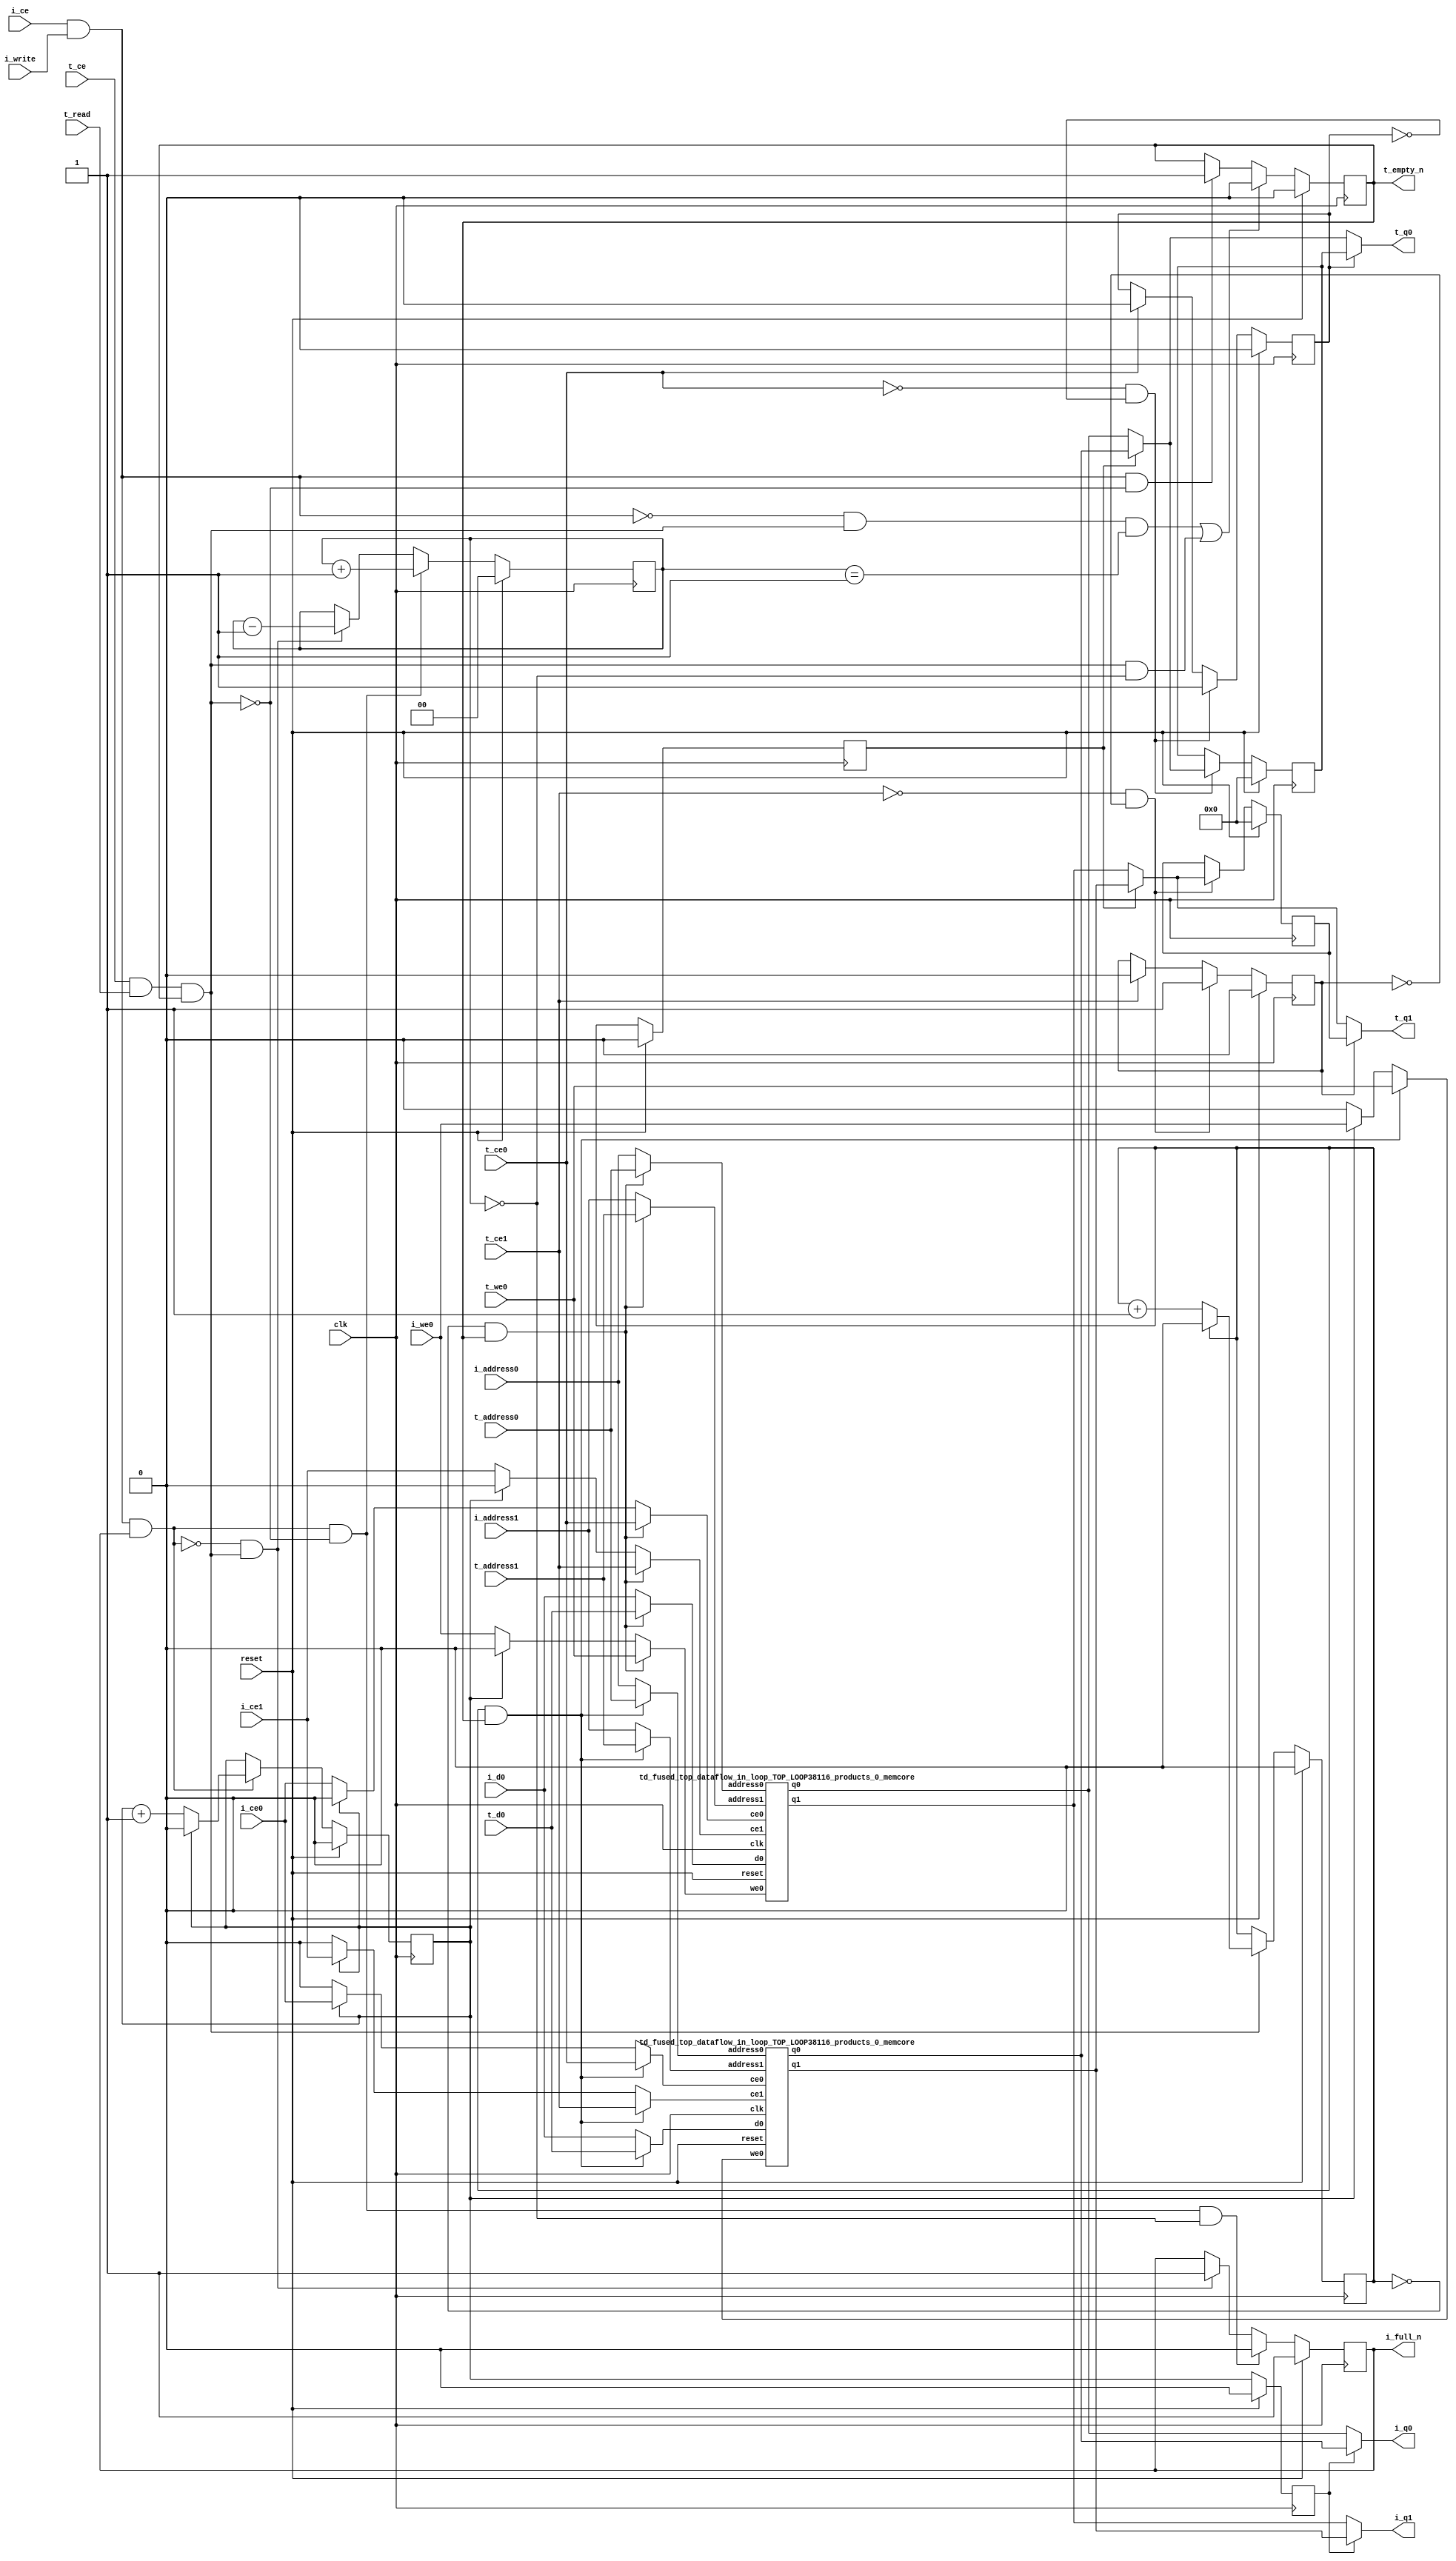
`define EXPONENT 5
`define MANTISSA 10
`define ACTUAL_MANTISSA 11
`define EXPONENT_LSB 10
`define EXPONENT_MSB 14
`define MANTISSA_LSB 0
`define MANTISSA_MSB 9
`define MANTISSA_MUL_SPLIT_LSB 3
`define MANTISSA_MUL_SPLIT_MSB 9
`define SIGN 1
`define SIGN_LOC 15
`define DWIDTH (`SIGN+`EXPONENT+`MANTISSA)
`define IEEE_COMPLIANCE 1

module td_fused_top_dataflow_in_loop_TOP_LOOP38116_products_0
#(parameter
    DataWidth    = 16,
    AddressRange = 32,
    AddressWidth = 5,
    BufferCount  = 2,
    MemLatency   = 1,
    IndexWidth   = 1
) (
    // system signals
    input  wire                    clk,
    input  wire                    reset,
    // initiator
    input  wire                    i_ce,
    input  wire                    i_write,
    output wire                    i_full_n,
    input  wire                    i_ce0,
    input  wire                    i_we0,
    input  wire [AddressWidth-1:0] i_address0,
    input  wire [DataWidth-1:0]    i_d0,
    output wire [DataWidth-1:0]    i_q0,
    input  wire                    i_ce1,
    input  wire [AddressWidth-1:0] i_address1,
    output wire [DataWidth-1:0]    i_q1,
    // target
    input  wire                    t_ce,
    input  wire                    t_read,
    output wire                    t_empty_n,
    input  wire                    t_ce0,
    input  wire                    t_we0,
    input  wire [AddressWidth-1:0] t_address0,
    input  wire [DataWidth-1:0]    t_d0,
    output wire [DataWidth-1:0]    t_q0,
    input  wire                    t_ce1,
    input  wire [AddressWidth-1:0] t_address1,
    output wire [DataWidth-1:0]    t_q1
);
//------------------------Local signal-------------------
// control/status
reg  [IndexWidth-1:0]   iptr    = 1'b0; // initiator index
reg  [IndexWidth-1:0]   tptr    = 1'b0; // target index
reg  [IndexWidth-1:0]   prev_iptr    = 1'b0; // previous initiator index
reg  [IndexWidth-1:0]   prev_tptr    = 1'b0; // previous target index
reg  [DataWidth-1:0]    reg_q0      = 1'b0; // buffer used if reader is stalled
reg                     reg_valid0    = 1'b0; // buffer has valid data
reg  [DataWidth-1:0]    reg_q1      = 1'b0; // buffer used if reader is stalled
reg                     reg_valid1    = 1'b0; // buffer has valid data
reg  [IndexWidth:0]     count   = 1'b0; // count of written buffers
reg                     full_n  = 1'b1; // whether all buffers are written
reg                     empty_n = 1'b0; // whether none of the buffers is written
wire                    push_buf;       // finish writing a buffer
wire                    write_buf;      // write a buffer
wire                    pop_buf;        // finish reading a buffer
// buffer signals
wire [BufferCount-1:0] buf_ce0;
wire [BufferCount-1:0] buf_we0;
wire [AddressWidth-1:0] buf_a0_0, buf_a0_1;
wire [DataWidth-1:0] buf_d0_0, buf_d0_1;
wire [DataWidth-1:0] buf_q0_0, buf_q0_1;
wire [BufferCount-1:0] buf_ce1;
wire [AddressWidth-1:0] buf_a1_0, buf_a1_1;
wire [DataWidth-1:0] buf_q1_0, buf_q1_1;
//------------------------Instantiation------------------
//genvar i;
        td_fused_top_dataflow_in_loop_TOP_LOOP38116_products_0_memcore td_fused_top_dataflow_in_loop_TOP_LOOP38116_products_0_memcore_U_0 (
            .reset    ( reset ),
            .clk      ( clk ),
            .address0 ( buf_a0_0 ),
            .ce0      ( buf_ce0[ 0 ] ),
            .we0      ( buf_we0[ 0 ] ),
            .d0       ( buf_d0_0 ),
            .q0       ( buf_q0_0 ),
            .address1 ( buf_a1_0 ),
            .ce1      ( buf_ce1[ 0 ] ),
            .q1       ( buf_q1_0 )
        );
        td_fused_top_dataflow_in_loop_TOP_LOOP38116_products_0_memcore td_fused_top_dataflow_in_loop_TOP_LOOP38116_products_0_memcore_U_1 (
            .reset    ( reset ),
            .clk      ( clk ),
            .address0 ( buf_a0_1 ),
            .ce0      ( buf_ce0[ 1 ] ),
            .we0      ( buf_we0[ 1 ] ),
            .d0       ( buf_d0_1 ),
            .q0       ( buf_q0_1 ),
            .address1 ( buf_a1_1 ),
            .ce1      ( buf_ce1[ 1 ] ),
            .q1       ( buf_q1_1 )
        );

//++++++++++++++++++++++++buffer signals+++++++++++++++++
        assign buf_ce0[ 0 ] = (tptr ==  0  && empty_n) ? t_ce0
                             : (iptr ==  0 ) ? i_ce0 : 1'b0;
        assign buf_a0_0  = (tptr ==  0  && empty_n) ?  t_address0 : i_address0;
        assign buf_we0[ 0 ] = (tptr ==  0  && empty_n)  ? t_we0
                             : (iptr ==  0 ) ? i_we0 : 1'b0;
        assign buf_d0_0  = (tptr ==  0  && empty_n) ? t_d0       : i_d0;
        assign buf_ce1[ 0 ] = (tptr ==  0  && empty_n) ? t_ce1
                             : (iptr ==  0 ) ? i_ce1 : 1'b0;
        assign buf_a1_0  = (tptr ==  0  && empty_n) ?  t_address1 : i_address1;
        assign buf_ce0[ 1 ] = (tptr ==  1  && empty_n) ? t_ce0
                             : (iptr ==  1 ) ? i_ce0 : 1'b0;
        assign buf_a0_1  = (tptr ==  1  && empty_n) ?  t_address0 : i_address0;
        assign buf_we0[ 1 ] = (tptr ==  1  && empty_n)  ? t_we0
                             : (iptr ==  1 ) ? i_we0 : 1'b0;
        assign buf_d0_1  = (tptr ==  1  && empty_n) ? t_d0       : i_d0;
        assign buf_ce1[ 1 ] = (tptr ==  1  && empty_n) ? t_ce1
                             : (iptr ==  1 ) ? i_ce1 : 1'b0;
        assign buf_a1_1  = (tptr ==  1  && empty_n) ?  t_address1 : i_address1;
//+++++++++++++++++++++++++++++++++++++++++++++++++++++++

//------------------------Body---------------------------
assign i_q0      = (prev_iptr == 1'b1 ? buf_q0_1 : buf_q0_0);
assign t_q0      = reg_valid0 ? reg_q0 : (prev_tptr == 1'b1 ? buf_q0_1 : buf_q0_0);
assign i_q1      = (prev_iptr == 1'b1 ? buf_q1_1 : buf_q1_0);
assign t_q1      = reg_valid1 ? reg_q1 : (prev_tptr == 1'b1 ? buf_q1_1 : buf_q1_0);

//++++++++++++++++++++++++output+++++++++++++++++++++++++
assign i_full_n  = full_n;
assign t_empty_n = empty_n;
//+++++++++++++++++++++++++++++++++++++++++++++++++++++++

//++++++++++++++++++++++++control/status+++++++++++++++++
assign push_buf = i_ce & i_write & full_n;
assign write_buf = i_ce & i_write;
assign pop_buf  = t_ce & t_read & empty_n;

// iptr
always @(posedge clk) begin
    if (reset == 1'b1)
        iptr <= 1'b0;
    else if (push_buf) begin
        if (iptr == BufferCount - 1'b1)
            iptr <= 1'b0;
        else
            iptr <= iptr + 1'b1;
    end
end

// tptr
always @(posedge clk) begin
    if (reset == 1'b1)
        tptr <= 1'b0;
    else if (pop_buf) begin
        if (tptr == BufferCount - 1'b1)
            tptr <= 1'b0;
        else
            tptr <= tptr + 1'b1;
    end
end

// prev_iptr
always @(posedge clk) begin
    if (reset == 1'b1)
        prev_iptr <= 1'b0;
    else begin
        prev_iptr <= iptr;
    end
end

// prev_tptr
always @(posedge clk) begin
    if (reset == 1'b1)
        prev_tptr <= 1'b0;
    else begin
        prev_tptr <= tptr;
    end
end

// reg_q0 and reg_valid0
always @(posedge clk) begin
    if (reset == 1'b1) begin
        reg_q0     <= 1'b0;
        reg_valid0 <= 1'b0;
    end else if (!t_ce0 && !reg_valid0) begin
        reg_q0     <= (prev_tptr == 1'b1 ? buf_q0_1 : buf_q0_0);
        reg_valid0 <= 1'b1;
    end else if (t_ce0) begin
        reg_valid0 <= 1'b0;
    end
end

// reg_q1 and reg_valid1
always @(posedge clk) begin
    if (reset == 1'b1) begin
        reg_q1     <= 1'b0;
        reg_valid1 <= 1'b0;
    end else if (!t_ce1 && !reg_valid1) begin
        reg_q1     <= (prev_tptr == 1'b1 ? buf_q1_1 : buf_q1_0);
        reg_valid1 <= 1'b1;
    end else if (t_ce1) begin
        reg_valid1 <= 1'b0;
    end
end

// count
always @(posedge clk) begin
    if (reset == 1'b1)
        count <= 1'b0;
    else if (push_buf && !pop_buf)
        count <= count + 1'b1;
    else if (!push_buf && pop_buf)
        count <= count - 1'b1;
end

// full_n
always @(posedge clk) begin
    if (reset == 1'b1)
        full_n <= 1'b1;
    else if (push_buf && !pop_buf && count == BufferCount - 2'd2)
        full_n <= 1'b0;
    else if (!push_buf && pop_buf)
        full_n <= 1'b1;
end

// empty_n
always @(posedge clk) begin
    if (reset == 1'b1)
        empty_n <= 1'b0;
    else if ((!write_buf && pop_buf && count == 1'b1)
             || (pop_buf && count == 1'b0))
        empty_n <= 1'b0;
    else if (write_buf && !pop_buf)
        empty_n <= 1'b1;
end
//+++++++++++++++++++++++++++++++++++++++++++++++++++++++

endmodule
module td_fused_top_dataflow_in_loop_TOP_LOOP38116_products_0_memcore(
    reset,
    clk,
    address0,
    ce0,
    we0,
    d0,
    q0,
    address1,
    ce1,
    q1);

parameter DataWidth = 32'd16;
parameter AddressRange = 32'd27;
parameter AddressWidth = 32'd5;
input reset;
input clk;
input[AddressWidth - 1:0] address0;
input ce0;
input we0;
input[DataWidth - 1:0] d0;
output[DataWidth - 1:0] q0;
input[AddressWidth - 1:0] address1;
input ce1;
output[DataWidth - 1:0] q1;



td_fused_top_dataflow_in_loop_TOP_LOOP38116_products_0_memcore_ram td_fused_top_dataflow_in_loop_TOP_LOOP38116_products_0_memcore_ram_U(
    .clk( clk ),
    .addr0( address0 ),
    .ce0( ce0 ),
    .we0( we0 ),
    .d0( d0 ),
    .q0( q0 ),
    .addr1( address1 ),
    .ce1( ce1 ),
    .q1( q1 )
);

endmodule
module td_fused_top_dataflow_in_loop_TOP_LOOP38116_products_0_memcore_ram (addr0, ce0, d0, we0, q0, addr1, ce1, q1,  clk);

parameter DWIDTH = 16;
parameter AWIDTH = 5;
parameter MEM_SIZE = 27;

input[AWIDTH-1:0] addr0;
input ce0;
input[DWIDTH-1:0] d0;
input we0;
output reg[DWIDTH-1:0] q0;
input[AWIDTH-1:0] addr1;
input ce1;
output reg[DWIDTH-1:0] q1;
input clk;

reg [DWIDTH-1:0] ram[MEM_SIZE-1:0];




always @(posedge clk)  
begin 
    if (ce0) begin
        if (we0) 
            ram[addr0] <= d0; 
        q0 <= ram[addr0];
    end
end


always @(posedge clk)  
begin 
    if (ce1) begin
        q1 <= ram[addr1];
    end
end


endmodule